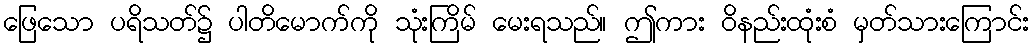
ဖြေသော ပရိသတ်၌ ပါတိမောက်ကို သုံးကြိမ် မေးရသည်။ ဤကား ဝိနည်းထုံးစံ မှတ်သားကြောင်း